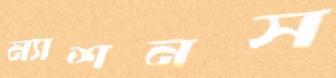
ন্যাশনস